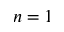
n = 1